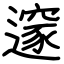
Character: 𨗉